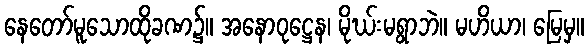
နေတော်မူသောထိုခဏ၌။ အနောဝုဋ္ဌေန၊ မိုဃ်းမရွာဘဲ။ မဟိယာ၊ မြေမှ။